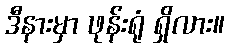
ဒီနားမှာ ဖုန်းရုံ ရှိလား။